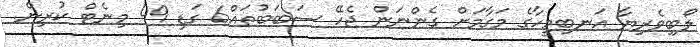
ލޯބިވެރިޔާ އަނބިމީހާގެ މަގާމަށް ގެންނަން ޖެހޭ ސަބަބުތައް6 ގަޑި 49 މިނެޓް ކުރިން.